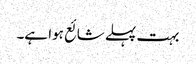
بہت پہلے شائع ہوا ہے۔